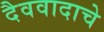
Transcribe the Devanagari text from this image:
दैववादाचे